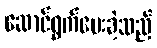
ဆောင်ရွက်ပေးခဲ့သည်